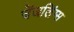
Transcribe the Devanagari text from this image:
चेंजलिंग्स